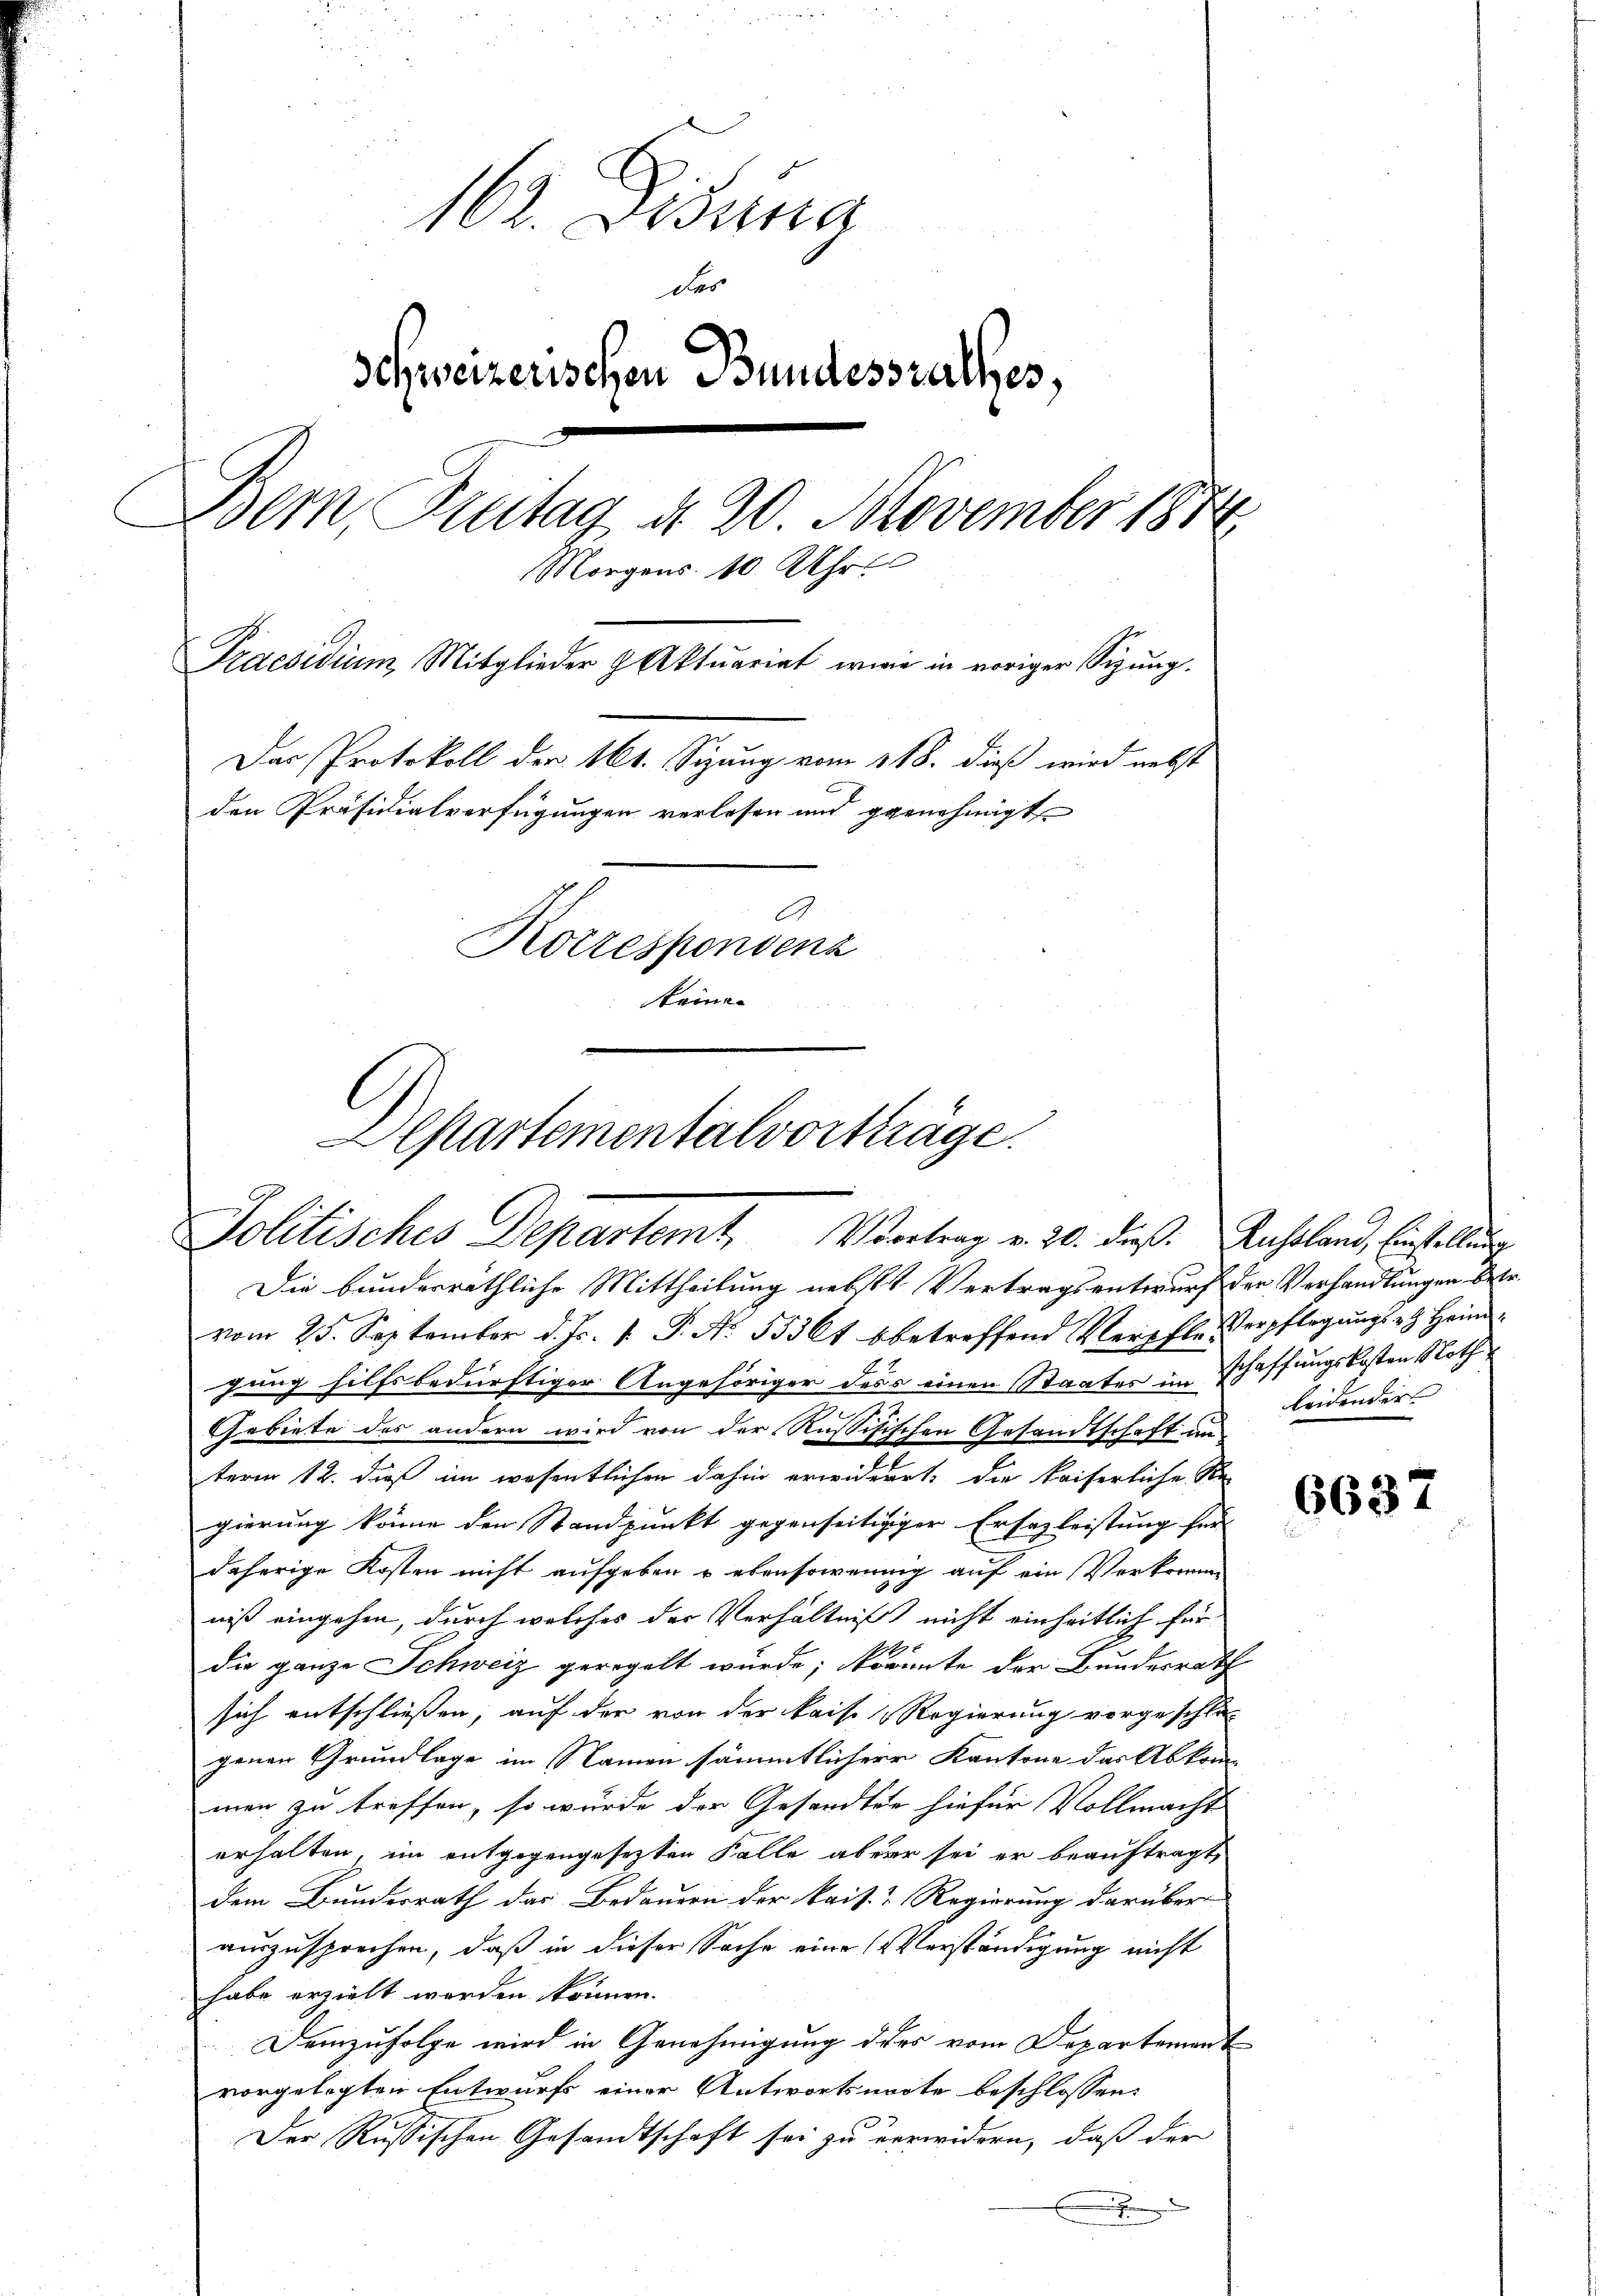
162. Disena
des
Schweizerischen Bundesrathes,
Bem Zeitag d. 20. November 1874
Morgens 10 Uhr
Praesidium Mitglieder & Aktuariat erwie in voriger Sizŭng.
Das Protokoll der 161. Sizung vom 118. dieß wird nebst
den Präsidialverfügungen verlesen und genehmigt
Korrespondenz
keiner

Cartementalvortträge.
Politisches Departemt Vortrag v. 20. dieß. Ausland, Einstellung

Die bunderräthliche Mittheilung nebste Vertragsentwurf der Verhandlungen betr.
vom 25. September d. Js. v. P. No. 553 6t bbetreffend Verpfl. Verpflegŭngs. Heim-
gung hilfsbedürftiger Angehöriger dess einen Staates im Schaffungskosten Noth
Gebiete des andern wird von der Russisischen Gesandtschaft un
term 12. daß im wesentlichen dahin erwiderrt, die kaiserliche Re-
gierung könne den Standpunkt gegenseitigiger Ersezleistung für
daherige Kosten nicht aufgeben u ebensowenig auf ein Verkramm
niß eingehen, durch welches der Verhältniß nicht einheitlich für
die ganze Schweiz geregelt wurde; könnte der Bundesrath
sich entschliessen, auf der von der kais. Regierung vorgeschlos
genen Grundlage im Namen sämmtlicherr Kantone das Abkom-
men zu treffen, so wurde der Gesandten hiefür Vollmacht
erhalten, im entgegengesetzten Falle aber sei er beauftragt,
dem Bundesrath das Bedauern der kais. Regierung darüber
auszusprochen, daß in dieser Sache eine Verständigung nicht
habe erzielt werden können.
Demzufolge wird in Genehmigung des vom Departement
vorgelegten Entwurf einer Antwortsnote beschlossen:
Der Russischen Gesandtschaft sei zu verwidern, daß der
x

leidender

6637